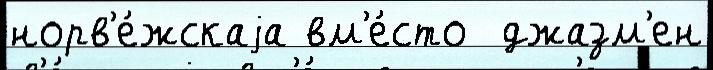
норв'е́жскаjа вм'е́сто  джазм'ен